Problem: 2 × 6 = ?
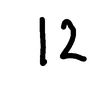
Handwritten answer: 12